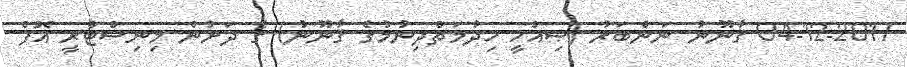
04-12-2017 ޤާނޫނު ނަންބަރު (ޞިއްޚީ ޚިދުމަތްދިނުމުގެ ޤާނޫނު) ގެ ދަށުން މިނިސްޓްރީ އޮފް